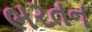
ભરતન